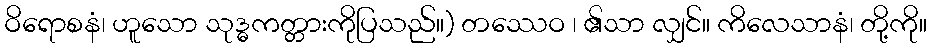
ဝိရောစနံ၊ ဟူသော သုဒ္ဓကတ္တားကိုပြသည်။) တဿေဝ ၊ ၏သာ လျှင်။ ကိလေသာနံ၊ တို့ကို။